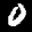
Label: 0